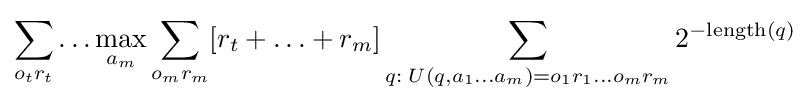
\sum _{o_{t}r_{t}}\ldots \max _{a_{m}}\sum _{o_{m}r_{m}}[r_{t}+\ldots +r_{m}]\sum _{q:\;U(q,a_{1}\ldots a_{m})=o_{1}r_{1}\ldots o_{m}r_{m}}2^{-{\textrm {length}}(q)}